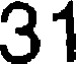
31